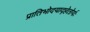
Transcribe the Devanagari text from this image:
प्रातिभोदयाद्हेतोर्यः